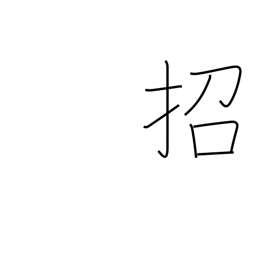
Meaning: beckon